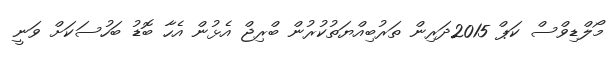
މޯލްޑިވްސް ކަޕް 2015ދަރިން ތަރުބިއްޔަތުކުރުން ބްރިޖް އެޅުން އެހާ ބޮޑު ބަހުސަކަށް ވަނީ